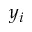
y _ { i }